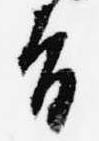
旨